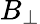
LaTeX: B_{\bot}